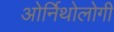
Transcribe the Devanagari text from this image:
ओर्निथोलोगी